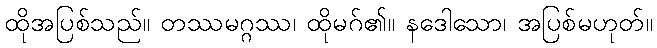
ထိုအပြစ်သည်။ တဿမဂ္ဂဿ၊ ထိုမဂ်၏။ နဒေါသော၊ အပြစ်မဟုတ်။